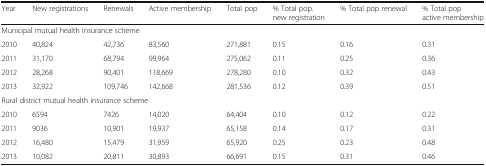
| Year | New registrations | Renewals | Active membership | Total pop | % Total pop. new registration | % Total pop renewal | % Total pop active membership |
 | --- | --- | --- | --- | --- | --- | --- | --- |
 | <COLSPAN=8> Municipal mutual health insurance scheme |
 | 2010 | 40,824 | 42,736 | 83,560 | 271,881 | 0.15 | 0.16 | 0.31 |
 | 2011 | 31,170 | 68,794 | 99,964 | 275,062 | 0.11 | 0.25 | 0.36 |
 | 2012 | 28,268 | 90,401 | 118,669 | 278,280 | 0.10 | 0.32 | 0.43 |
 | 2013 | 32,922 | 109,746 | 142,668 | 281,536 | 0.12 | 0.39 | 0.51 |
 | <COLSPAN=8> Rural district mutual health insurance scheme |
 | 2010 | 6594 | 7426 | 14,020 | 64,404 | 0.10 | 0.12 | 0.22 |
 | 2011 | 9036 | 10,901 | 19,937 | 65,158 | 0.14 | 0.17 | 0.31 |
 | 2012 | 16,480 | 15,479 | 31,959 | 65,920 | 0.25 | 0.23 | 0.48 |
 | 2013 | 10,082 | 20,811 | 30,893 | 66,691 | 0.15 | 0.31 | 0.46 |